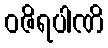
ဝဇိရပါဏိ